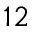
1 2